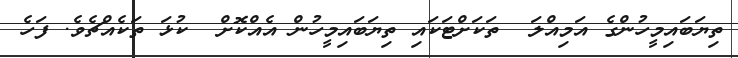
ތިޔަބައިމީހުންގެ އަމިއްލަ  ތަކަށްޓަކައި ތިޔަބައިމީހުން އެއްކޮށް  ކުޅަ ތަކެއްޗެވެ. ފަހެ